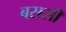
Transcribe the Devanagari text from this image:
बससी